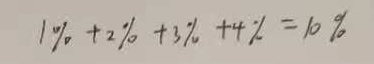
1 \% + 2 \% + 3 \% + 4 \% = 1 0 \%